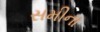
સમીના